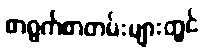
စာရွက်စာတမ်းများတွင်